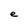
Character: e